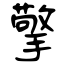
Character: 擎